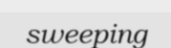
sweeping